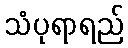
သံပုရာရည်